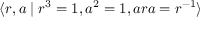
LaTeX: \langle r , a \mid r ^ { 3 } = 1 , a ^ { 2 } = 1 , a r a = r ^ { - 1 } \rangle